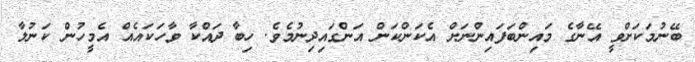
ބޭނުމަކަށްވީ އޭނާގެ މައިންބަފައިންނަށް އެކަންކަން އަންގައިދިނުމެވެ. ހިބާ ދައްކާ ވާހަކައެއް އެމީހުން ކަނުލާ